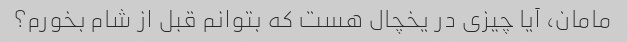
مامان، آیا چیزی در یخچال هست که بتوانم قبل از شام بخورم؟